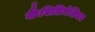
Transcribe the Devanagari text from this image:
कैबिलिनेशियन